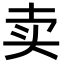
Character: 卖